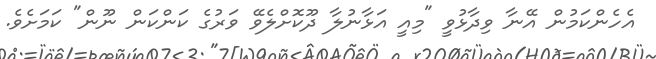
އެހެންކަމުން އޭނާ ވިދާޅުވީ "މިއީ އަޅާނުލާ ދޫކޮށްލެވޭ ވަރުގެ ކަންކަން ނޫން" ކަމަށެވެ.